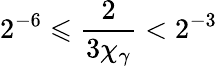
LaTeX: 2^{-6}\leqslant\frac{2}{3\chi_{\gamma}}<2^{-3}